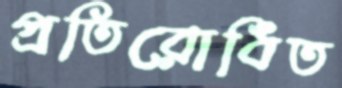
প্রতিরোধিত